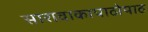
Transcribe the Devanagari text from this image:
सारावाकापाठोपाठ